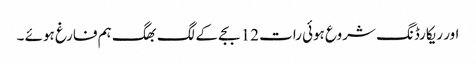
اور ریکارڈنگ شروع ہوئی رات 12 بجے کے لگ بھگ ہم فارغ ہوئے ۔